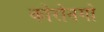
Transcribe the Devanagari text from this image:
कोरोनगो